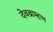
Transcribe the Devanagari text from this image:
देवब्राम्हण